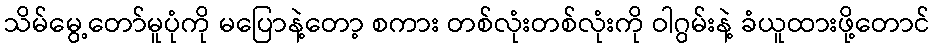
သိမ်မွေ့တော်မူပုံကို မပြောနဲ့တော့ စကား တစ်လုံးတစ်လုံးကို ဝါဂွမ်းနဲ့ ခံယူထားဖို့တောင်